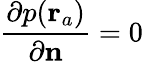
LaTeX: \frac{\partial p(\mathbf{r}_{a})}{\partial\textbf{n}}=0